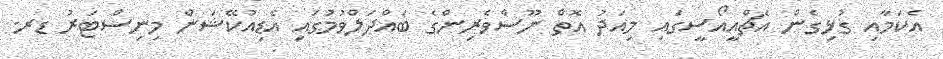
އެކަމާއި ގުޅިގެން އެޗްއީއޯސީގައި މިއަދު އޮތް ނޫސްވެރިންގެ ބައްދަލްވުމުގައި އެޑިއުކޭޝަން މިނިސްޓަރު ޑރ.